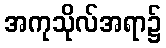
အကုသိုလ်အရာ၌